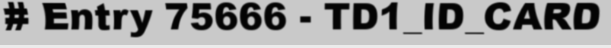
# Entry 75666 - TD1_ID_CARD